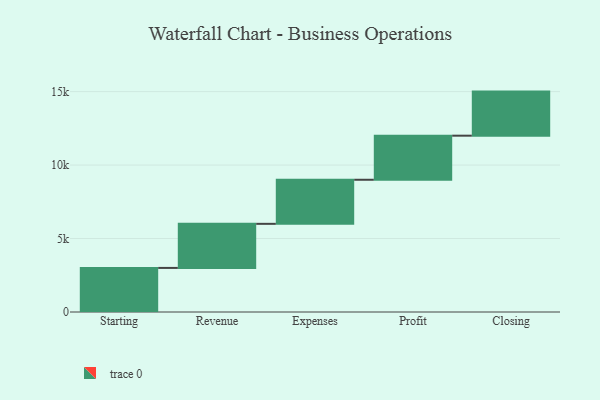
{"axis": {"x": "Step", "y": "Value"}, "legend": [""], "data": [{"x": "Starting", "y": 3000, "type": ""}, {"x": "Revenue", "y": 3000, "type": ""}, {"x": "Expenses", "y": 3000, "type": ""}, {"x": "Profit", "y": 3000, "type": ""}, {"x": "Closing", "y": 3000, "type": ""}]}